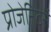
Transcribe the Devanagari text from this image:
प्रोजेनिटर्स